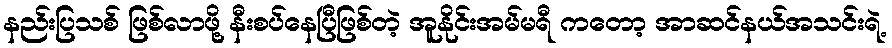
နည်းပြသစ် ဖြစ်လာဖို့ နီးစပ်နေပြီဖြစ်တဲ့ အူနိုင်းအမ်မရီ ကတော့ အာဆင်နယ်အသင်းရဲ့